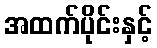
အထက်ပိုင်းနှင့်